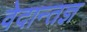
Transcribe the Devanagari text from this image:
वेदान्तज्ञ